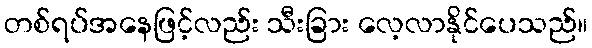
တစ်ရပ်အနေဖြင့်လည်း သီးခြား လေ့လာနိုင်ပေသည်။